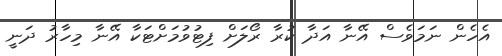
އެހެން ނަމަވެސް އޭނާ އަދާ ކުރާ ރޯލަށް ފިޓުވުމަށްޓަކާ އޭނާ މިހާރު ދަނީ